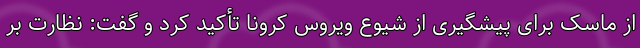
از ماسک برای پیشگیری از شیوع ویروس کرونا تأکید کرد و گفت: نظارت بر